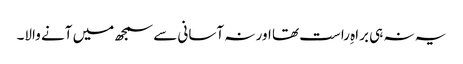
یہ نہ ہی براہِ راست تھا اور نہ آسانی سے سمجھ میں آنے والا۔